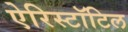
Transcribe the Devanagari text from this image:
ऐरिस्टॉटिल